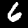
Digit: 6